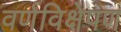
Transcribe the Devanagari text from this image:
वर्णविक्षेपण